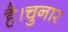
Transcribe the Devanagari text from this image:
है।चुनार